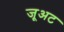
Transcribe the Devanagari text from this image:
जूअट